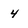
Character: 4